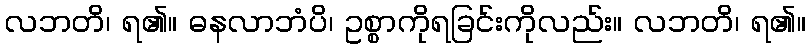
လဘတိ၊ ရ၏။ ဓနလာဘံပိ၊ ဥစ္စာကိုရခြင်းကိုလည်း။ လဘတိ၊ ရ၏။